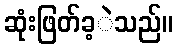
ဆုံးဖြတ်ခ့ဲသည်။